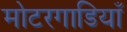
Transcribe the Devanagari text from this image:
मोटरगाडियाँ